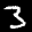
Label: 3